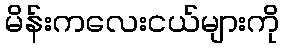
မိန်းကလေးငယ်များကို